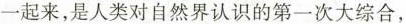
一起来，是人类对自然界认识的第一次大综合，